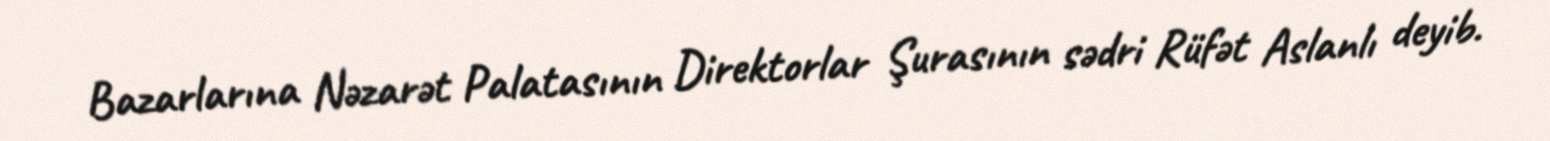
Bazarlarına Nəzarət Palatasının Direktorlar Şurasının sədri Rüfət Aslanlı deyib.